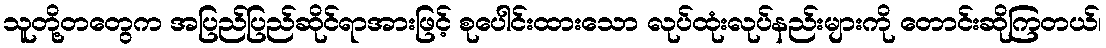
သူတို့တတွေက အပြည်ပြည်ဆိုင်ရာအားဖြင့် စုပေါင်းထားသော လုပ်ထုံးလုပ်နည်းများကို တောင်းဆိုကြတယ်၊